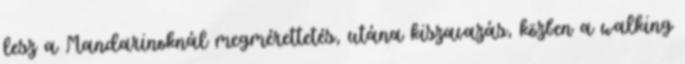
lesz a Mandarinoknál megmérettetés, utána kiszavazás, közben a walking